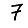
Digit: 7